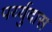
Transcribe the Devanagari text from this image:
पर्य्युदास